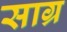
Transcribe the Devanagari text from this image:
साग्र